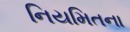
નિયમિતના